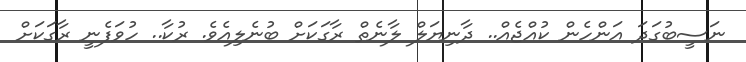
ނަސީބުގަދަ އަންހެން ކުއްޖެއް.. ދާނިޔަލް ލާނެތް ރާގަކަށް ބުނެލިއެވެ. ރުކާ.. ހުވަފެނީ ރާގަކަށް